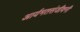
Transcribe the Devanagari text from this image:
आर्यमतसंजीवनी